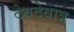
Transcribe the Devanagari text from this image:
देवदेवात्र